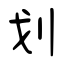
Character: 划